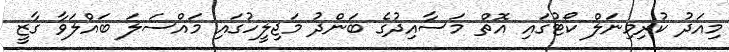
މިއަދު ކުރިމިނަލް ކޯޓުގައި އޮތް މަސާއިދުގެ ބަންދު މަޖިލީހުގައި މައްސަލަ ބައްލަވާ ގާޒީ